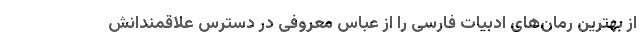
از بهترین رمان‌های ادبیات فارسی را از عباس معروفی در دسترس علاقمندانش